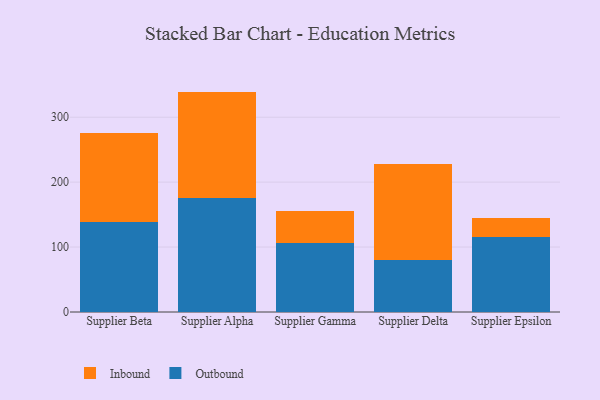
{"axis": {"x": "Supplier", "y": "Temperature (°C)"}, "legend": ["Inbound", "Outbound"], "data": [{"x": "Supplier Beta", "y": 138.2, "type": "Outbound"}, {"x": "Supplier Beta", "y": 136.7, "type": "Inbound"}, {"x": "Supplier Alpha", "y": 174.8, "type": "Outbound"}, {"x": "Supplier Alpha", "y": 164.6, "type": "Inbound"}, {"x": "Supplier Gamma", "y": 106.5, "type": "Outbound"}, {"x": "Supplier Gamma", "y": 49.1, "type": "Inbound"}, {"x": "Supplier Delta", "y": 80.4, "type": "Outbound"}, {"x": "Supplier Delta", "y": 147.6, "type": "Inbound"}, {"x": "Supplier Epsilon", "y": 115.0, "type": "Outbound"}, {"x": "Supplier Epsilon", "y": 29.8, "type": "Inbound"}]}